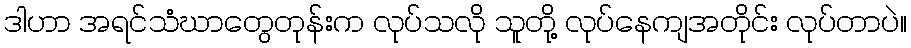
ဒါဟာ အရင်သံဃာတွေတုန်းက လုပ်သလို သူတို့ လုပ်နေကျအတိုင်း လုပ်တာပဲ။